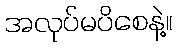
အလုပ်မပိစေနဲ့။